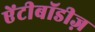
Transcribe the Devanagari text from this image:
ऐंटीबॉडीज़